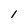
Character: 1